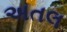
અતલ